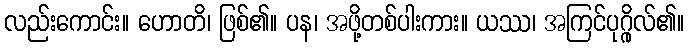
လည်းကောင်း။ ဟောတိ၊ ဖြစ်၏။ ပန၊ အဖို့တစ်ပါးကား။ ယဿ၊ အကြင်ပုဂ္ဂိုလ်၏။